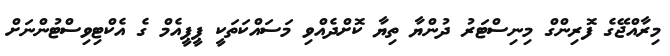
މިރާއްޖޭގެ ފޮރިންގް މިނިސްޓަރު ދުންޔާ ތިޔާ ކޮށްދެއްްވި މަސައްކަތަކީ ޕީޕީއެމް ގެ އެކްޓިވިސްޓުންނަށް